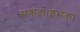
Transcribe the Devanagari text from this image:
सकता।इसका